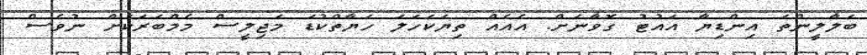
ބަލާލީންތަ އިންޑިޔާ އައުޓު ގޮވާނަށް. އެއެއް ތިޔަކަހަލަ ހަޔާތްކުޑަ މަޖިލީސް މެމްބަރަކަށް ނުވެސް